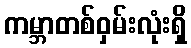
ကမ္ဘာတစ်ဝှမ်းလုံးရှိ